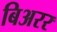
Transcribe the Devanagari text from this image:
बिअरर